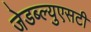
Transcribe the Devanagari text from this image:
जेडब्ल्युएसटी